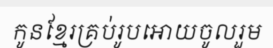
កូនខ្មែរគ្រប់រូបអោយចូលរួម